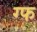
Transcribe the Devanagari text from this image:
ग्फ